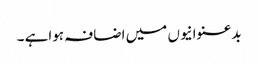
بدعنوانیوں میں اضافہ ہواہے ۔